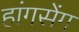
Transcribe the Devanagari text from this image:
हांगसेंग